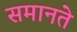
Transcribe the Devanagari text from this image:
समानते